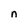
Character: n